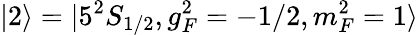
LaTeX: |2\rangle=|5^{2}S_{1/2},g_{F}^{2}=-1/2,m_{F}^{2}=1\rangle